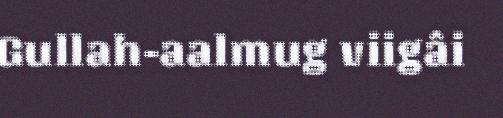
Gullah-aalmug viigâi